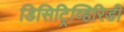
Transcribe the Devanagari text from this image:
डिसिट्रिव्हिरिडी